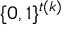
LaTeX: \{ 0 , 1 \} ^ { t ( k ) }